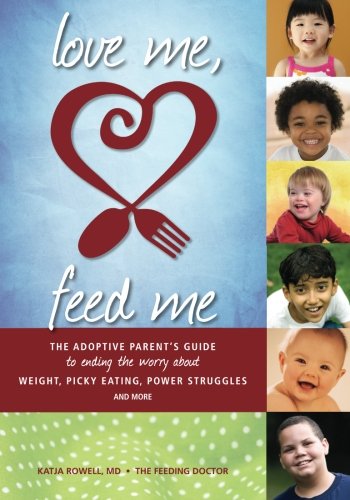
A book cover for Love Me, Feed Me: The Adoptive Parent's Guide to Ending the Worry About Weight, Picky Eating, Power Struggles and More; Katja Rowell M.D.; Parenting & Relationships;